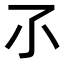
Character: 𡭖